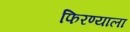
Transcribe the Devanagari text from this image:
फिरण्याला